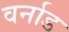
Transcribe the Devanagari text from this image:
वर्नाड